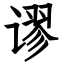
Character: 谬